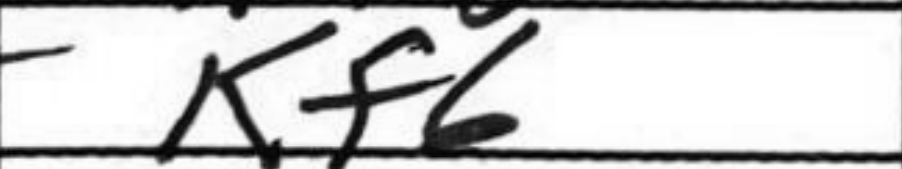
Transcription: Kf6